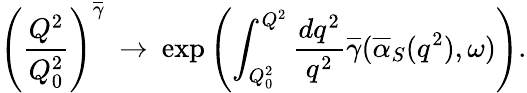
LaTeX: \left(\frac{Q^{2}}{Q_{0}^{2}}\right)^{\overline{{{\gamma}}}}\: \rightarrow\: \exp\left(\int_{Q_{0}^{2}}^{Q^{2}}\frac{dq^{2}}{q^{2}}\overline{{{\gamma}}}(\overline{{{\alpha}}}_{S}(q^{2}),\omega)\right).